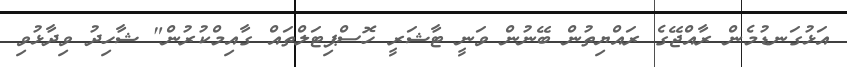
އަޅުގަނޑުމެން ރާއްޖޭގެ ރައްޔިތުން ބޭނުން ވަނީ ޓާޝަރީ ހޮސްޕިޓަލްތައް ގާއިމްކުރުން" ޝާހިދު ވިދާޅުވި